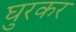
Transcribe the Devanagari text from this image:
घुरकर